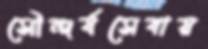
সৌন্দর্যসেবায়